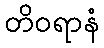
တိဝရာနံ